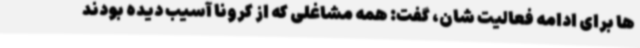
ها برای ادامه فعالیت شان، گفت: همه مشاغلی که از کرونا آسیب دیده بودند